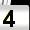
Digit: 4